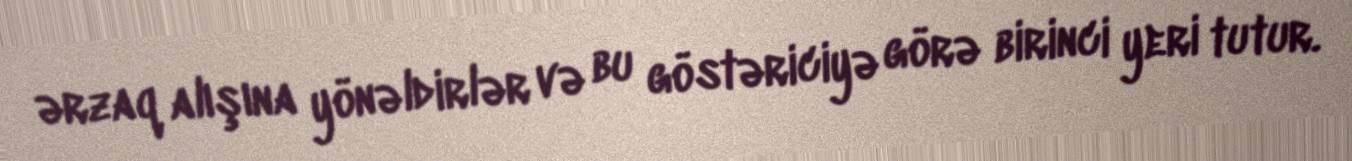
ərzaq alışına yönəldirlər və bu göstəriciyə görə birinci yeri tutur.